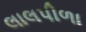
લાલપીળા